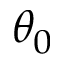
\theta _ { 0 }